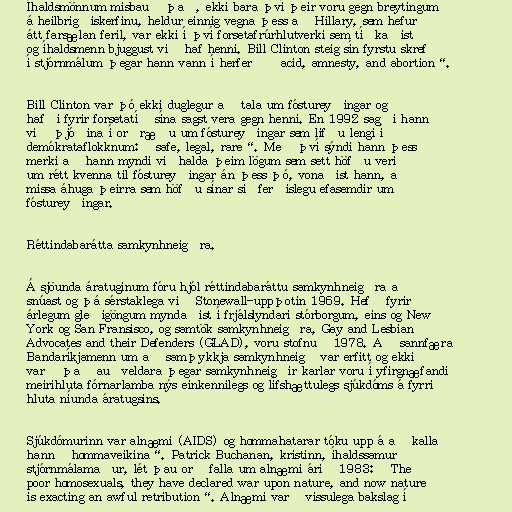
Íhaldsmönnum misbauð það, ekki bara því þeir voru gegn breytingum
á heilbrigðiskerfinu, heldur einnig vegna þess að Hillary, sem hefur
átt farsælan feril, var ekki í því forsetafrúrhlutverki sem tíðkaðist
og íhaldsmenn bjuggust við haf henni. Bill Clinton steig sín fyrstu skref
í stjórnmálum þegar hann vann í herferð „acid, amnesty, and abortion“.

Bill Clinton var þó ekki duglegur að tala um fóstureyðingar og
hafði fyrir forsetatíð sína sagst vera gegn henni. En 1992 sagði hann
við þjóðina í orðræðu um fóstureyðingar sem lifðu lengi í
demókrataflokknum: „safe, legal, rare“. Með því sýndi hann þess
merki að hann myndi viðhalda þeim lögum sem sett höfðu verið
um rétt kvenna til fóstureyðingar án þess þó, vonaðist hann, að
missa áhuga þeirra sem höfðu sínar siðferðislegu efasemdir um
fóstureyðingar.

Réttindabarátta samkynhneigðra.

Á sjöunda áratuginum fóru hjól réttindabaráttu samkynhneigðra að
snúast og þá sérstaklega við Stonewall-uppþotin 1969. Hefð fyrir
árlegum gleðigöngum myndaðist í frjálslyndari stórborgum, eins og New
York og San Fransisco, og samtök samkynhneigðra, Gay and Lesbian
Advocates and their Defenders (GLAD), voru stofnuð 1978. Að sannfæra
Bandaríkjamenn um að samþykkja samkynhneigð var erfitt og ekki
varð það auðveldara þegar samkynhneigðir karlar voru í yfirgnæfandi
meirihluta fórnarlamba nýs einkennilegs og lífshættulegs sjúkdóms á fyrri
hluta níunda áratugsins.

Sjúkdómurinn var alnæmi (AIDS) og hommahatarar tóku upp á að kalla
hann „hommaveikina“. Patrick Buchanan, kristinn, íhaldssamur
stjórnmálamaður, lét þau orð falla um alnæmi árið 1983: „The
poor homosexuals, they have declared war upon nature, and now nature
is exacting an awful retribution“. Alnæmi varð vissulega bakslag í